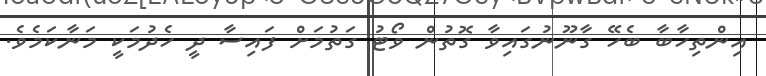
އިންތިހާބާ ބެހޭ ގާނޫނުގައިވާ ގޮތުން ވޯޓު ގަތުމަށް ފައިސާ ދީ ހެދުމަކީ މަނާކަމެވެ.